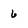
Character: 6